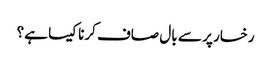
رخسار پر سے بال صاف کرنا کیسا ہے؟